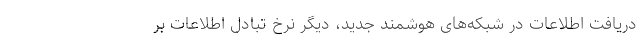
دریافت اطلاعات در شبکه‌های هوشمند جدید، دیگر نرخ تبادل اطلاعات بر